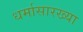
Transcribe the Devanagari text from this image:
धर्मासारख्या